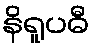
နိရူပဓီ